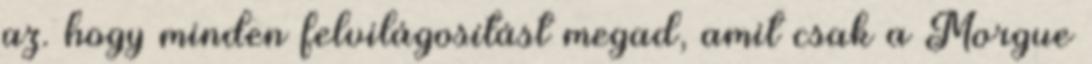
az. hogy minden felvilágosítást megad, amit csak a Morgue